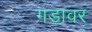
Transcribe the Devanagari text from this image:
गडावर